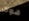
هوك